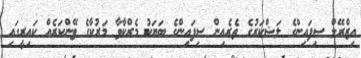
އިޒްރޭލް ސިފައިންގެ ލަޝްކަރުގެ ތެރެއިން ސިފައިންގެ ބަޔަކު މެރްކާވާ މަރުކާގެ ޓޭންކަރެއް ކައިރީގައި